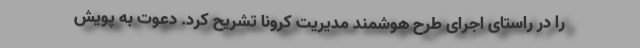
را در راستای اجرای طرح هوشمند مدیریت کرونا تشریح کرد. دعوت به پویش